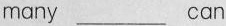
many ___ can